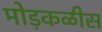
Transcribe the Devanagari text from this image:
मोड़कळीस